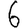
Digit: 6